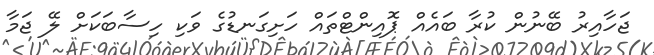
ޖަހާއިރު ބޭނުން ކުރާ ބައެއް ޕޮއިންޓްތައް ހަށިގަނޑުގެ ވަކި ހިސާބަކަށް ލޭ ޖަމާ